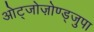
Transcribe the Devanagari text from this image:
ओट्जोज़ोण्ड्जुपा